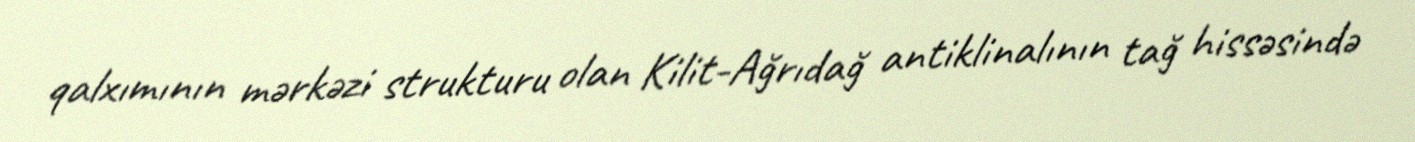
qalxımının mərkəzi strukturu olan Kilit-Ağrıdağ antiklinalının tağ hissəsində